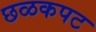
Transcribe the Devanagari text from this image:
छळकपट